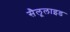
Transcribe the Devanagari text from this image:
सैलूलाइड